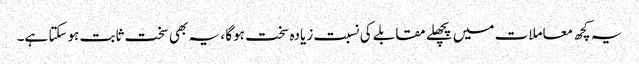
یہ کچھ معاملات میں پچھلے مقابلے کی نسبت زیادہ سخت ہوگا ، یہ بھی سخت ثابت ہوسکتا ہے۔